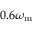
0 . 6 \omega _ { \mathrm { m } }